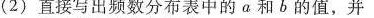
(2)直接写出频数分布表中的α和b的值，并